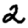
Digit: 2